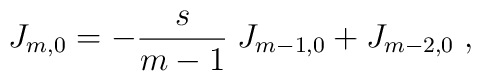
J_{m, 0} = - \frac{s}{m - 1} \; J_{m - 1, 0} + J_{m - 2, 0} \; ,